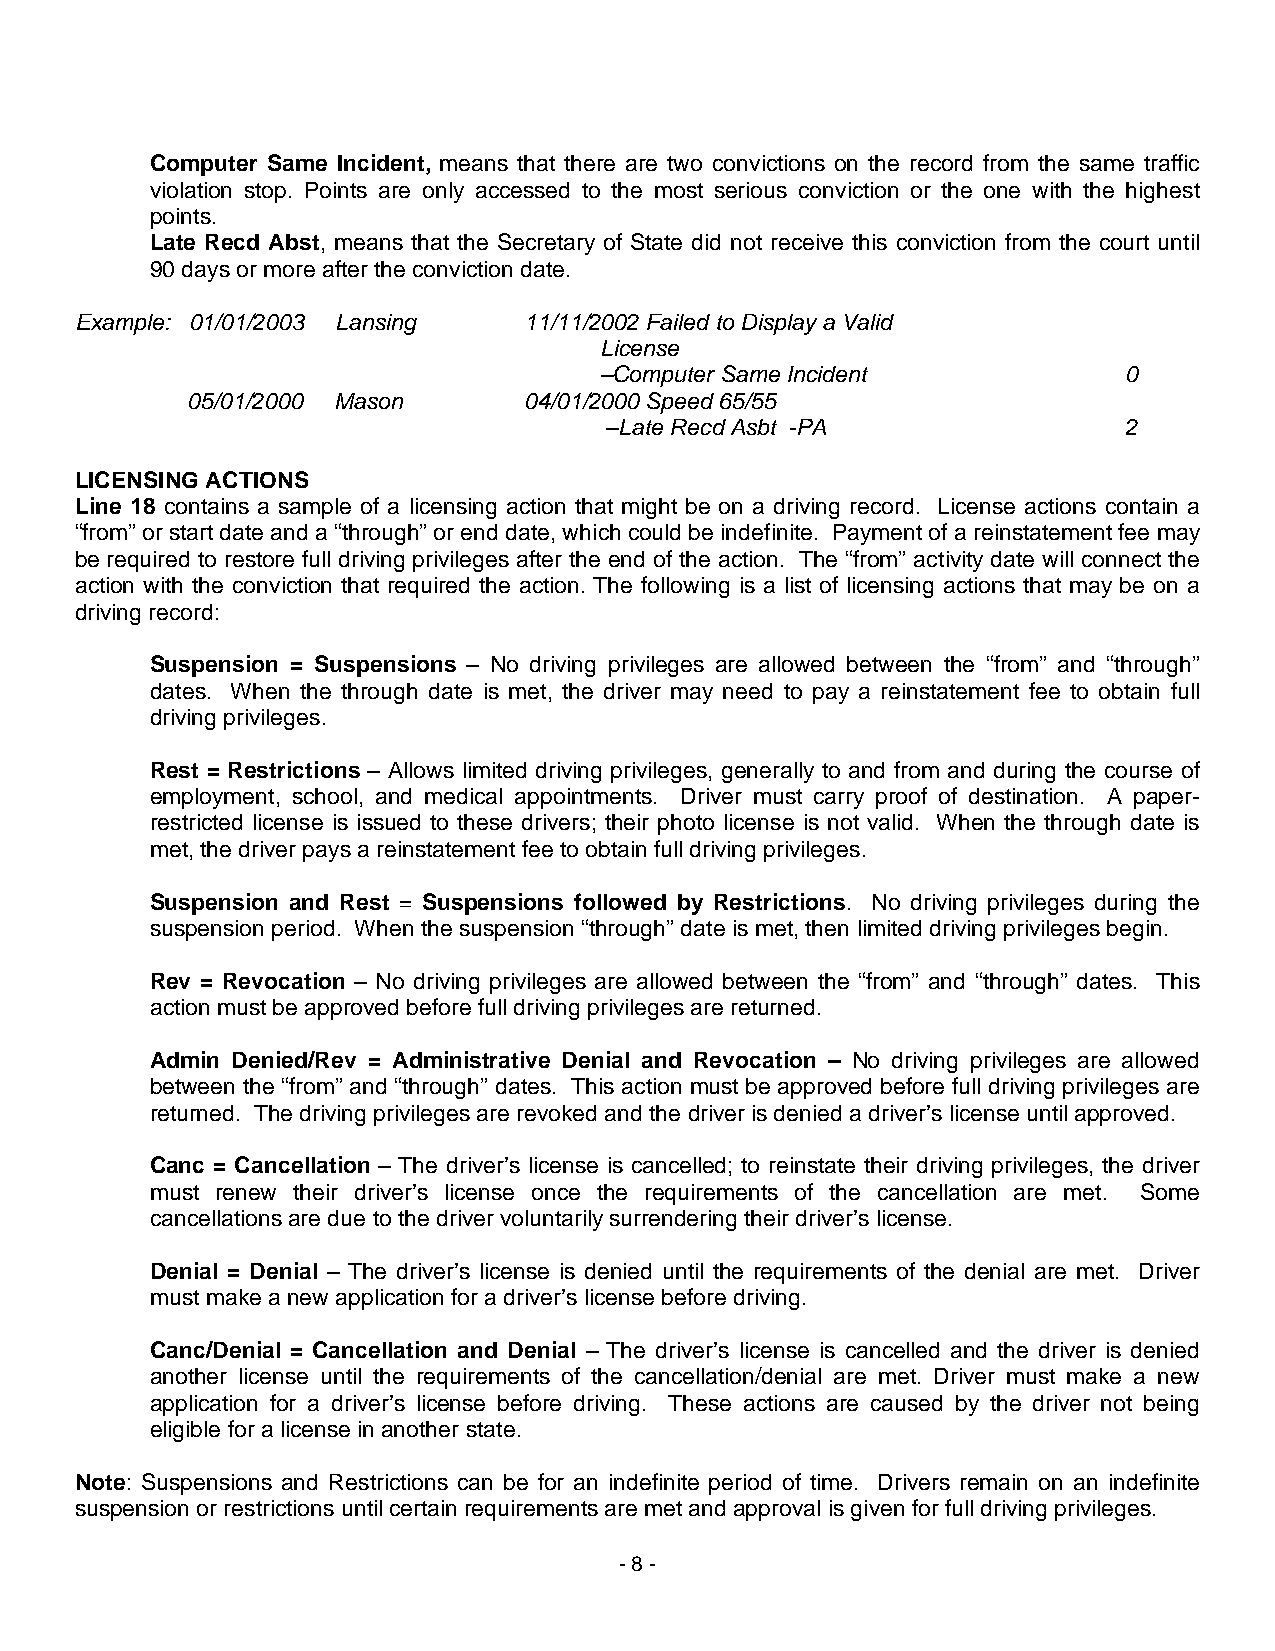
Computer Same Incident, means that there are two convictions on the record from the same traffic
 violation stop. Points are only accessed to the most serious conviction or the one with the highest
 points.
 Late Recd Abst, means that the Secretary of State did not receive this conviction from the court until
 90 days or more after the conviction date.
 Example: 01/01/2003 Lansing   11/11/2002 Failed to Display a Valid
 License
 –Computer Same Incident           0
 05/01/2000 Mason       04/01/2000 Speed 65/55
 –Late Recd Asbt -PA               2
 LICENSING ACTIONS
 Line 18 contains a sample of a licensing action that might be on a driving record. License actions contain a
 “from” or start date and a “through” or end date, which could be indefinite. Payment of a reinstatement fee may
 be required to restore full driving privileges after the end of the action. The “from” activity date will connect the
 action with the conviction that required the action. The following is a list of licensing actions that may be on a
 driving record:
 Suspension = Suspensions – No driving privileges are allowed between the “from” and “through”
 dates. When the through date is met, the driver may need to pay a reinstatement fee to obtain full
 driving privileges.
 Rest = Restrictions – Allows limited driving privileges, generally to and from and during the course of
 employment, school, and medical appointments. Driver must carry proof of destination. A paper-
 restricted license is issued to these drivers; their photo license is not valid. When the through date is
 met, the driver pays a reinstatement fee to obtain full driving privileges.
 Suspension and Rest = Suspensions followed by Restrictions. No driving privileges during the
 suspension period. When the suspension “through” date is met, then limited driving privileges begin.
 Rev = Revocation – No driving privileges are allowed between the “from” and “through” dates. This
 action must be approved before full driving privileges are returned.
 Admin Denied/Rev = Administrative Denial and Revocation – No driving privileges are allowed
 between the “from” and “through” dates. This action must be approved before full driving privileges are
 returned. The driving privileges are revoked and the driver is denied a driver’s license until approved.
 Canc = Cancellation – The driver’s license is cancelled; to reinstate their driving privileges, the driver
 must renew their driver’s license once the requirements of the cancellation are met. Some
 cancellations are due to the driver voluntarily surrendering their driver’s license.
 Denial = Denial – The driver’s license is denied until the requirements of the denial are met. Driver
 must make a new application for a driver’s license before driving.
 Canc/Denial = Cancellation and Denial – The driver’s license is cancelled and the driver is denied
 another license until the requirements of the cancellation/denial are met. Driver must make a new
 application for a driver’s license before driving. These actions are caused by the driver not being
 eligible for a license in another state.
 Note: Suspensions and Restrictions can be for an indefinite period of time. Drivers remain on an indefinite
 suspension or restrictions until certain requirements are met and approval is given for full driving privileges.
 - 8 -